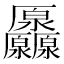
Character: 𠫒